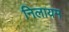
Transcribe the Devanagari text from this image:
निलायम